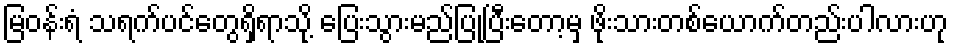
မြဝန်းရံ သရက်ပင်တွေရှိရာသို့ ပြေးသွားမည်ပြုပြီးတော့မှ ဖိုးသားတစ်ယောက်တည်းပါလားဟု